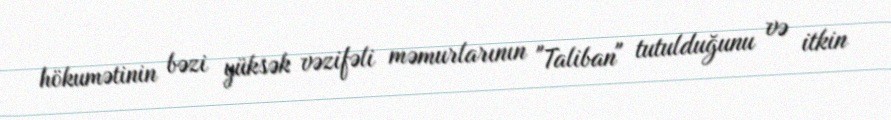
hökumətinin bəzi yüksək vəzifəli məmurlarının "Taliban" tutulduğunu və itkin